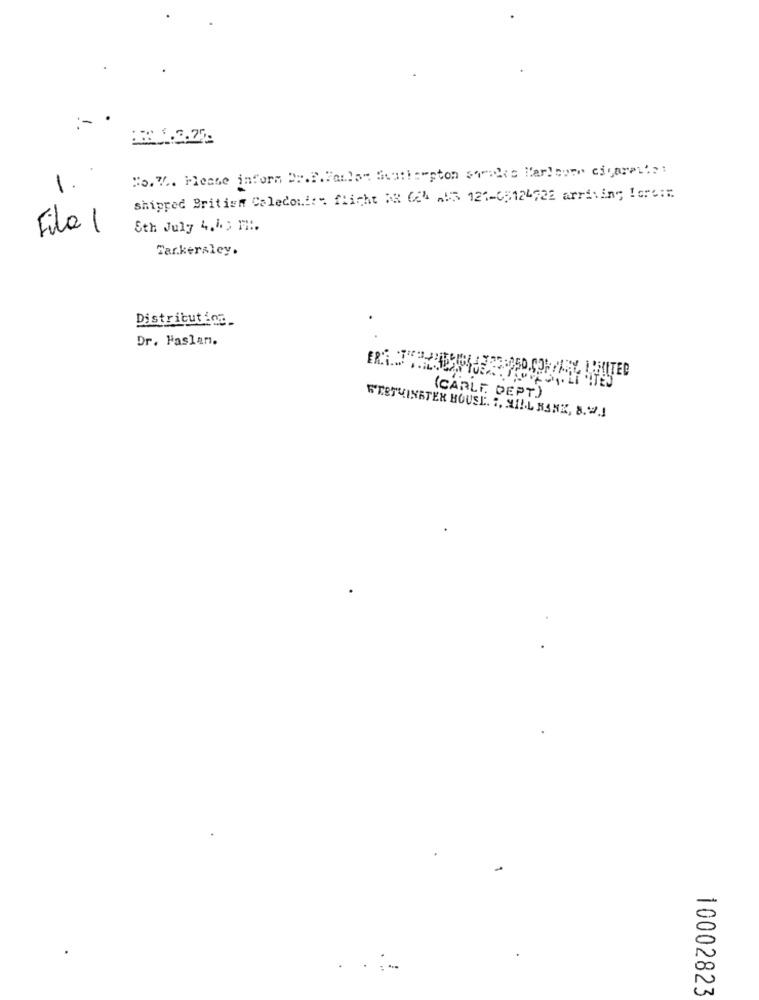
No. V .. Please inform Dr.E.Paulo" South:"pton shrides Mar!bom" cigarel' ::
1.
shipped Britien Coleconf := flicht AR 624 -15 121-65124722 arriving !ore:"
Fila 1
8th July 4, 43 F.
Tarkersley.
Distribution_
Dr. Haslam.
( CARLE DEPT )
WESTMINSTER HOUSE. .. MILL RANK, 8.2.
-
00
10002823